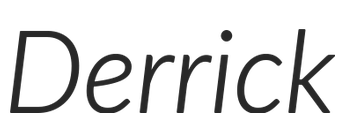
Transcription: Derrick